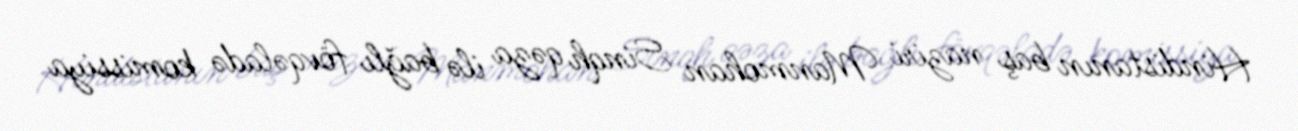
Hindistanın baş naziri Manmohan Sinqh qəza ilə bağlı fövqəladə komissiya